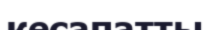
кесапатты